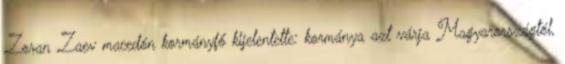
Zoran Zaev macedón kormányfő kijelentette: kormánya azt várja Magyarországtól,